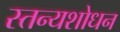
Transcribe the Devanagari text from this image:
स्तन्यशोधन